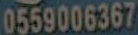
0559006367